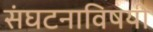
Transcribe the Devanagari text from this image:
संघटनाविषयी